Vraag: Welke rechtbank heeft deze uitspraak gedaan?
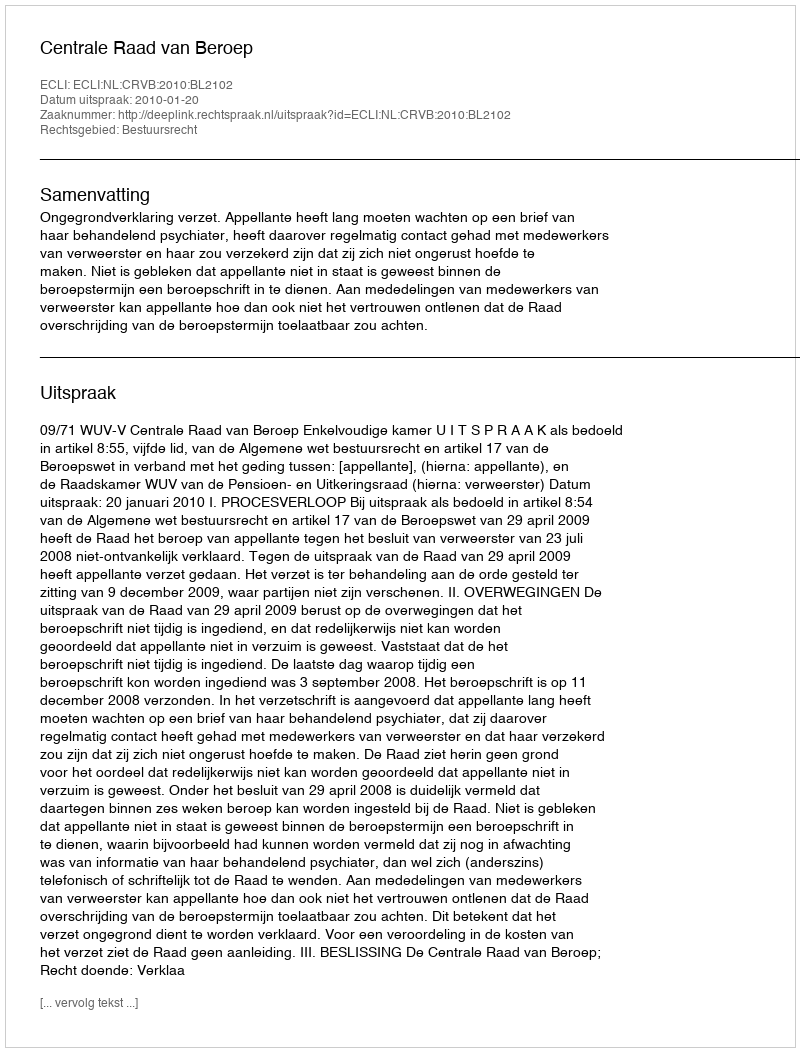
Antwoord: Centrale Raad van Beroep